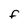
Character: F